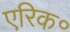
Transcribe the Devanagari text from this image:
एरिक॰